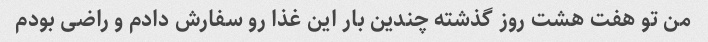
من تو هفت هشت روز گذشته چندین بار این غذا رو سفارش دادم و راضی بودم